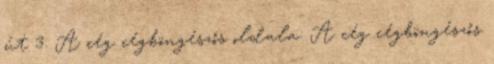
út 3. A cég cégböngészős oldala: A cég cégböngészős